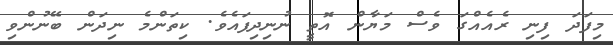
މިފަދަ ފިނި ރެއެއްގަ ވެސް މަޔާން އޮތީ ނުނިދިފައެވެ. ކިތަންމެ ނިދަން ބޭނުންވި